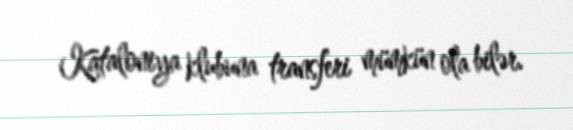
Kataloniya klubuna transferi mümkün ola bilər.